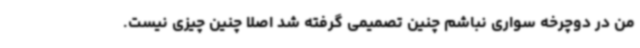
من در دوچرخه سواری نباشم چنین تصمیمی گرفته شد اصلا چنین چیزی نیست.